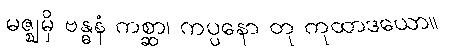
မဇ္ဈမှိ ဗန္ဓနံ ကစ္ဆာ၊ ကပ္ပနော တု ကုထာဒယော။